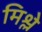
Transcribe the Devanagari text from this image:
मिश्ले